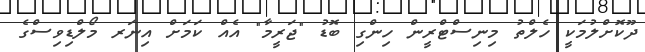
ދޫކޮށްލުމަކީ ހެލްތު މިިނިސްޓްރީން ހިންގި ބޮޑު "ޖަރީމާ" އެއް ކަމަށް އިނަރ މޯލްޑިވިސްގެ